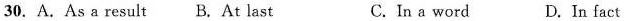
30.A. As a result B. At last C. In a word D. In fact